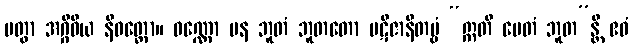
ပတွာ အဂ္ဂိဝိယ နိဝတ္တော။ ဝဏ္ဏော ပန ဘူတံ ဘူတတော ပဋိဇာနိတဗ္ဗံ “ဣတိ ပေတံ ဘူတ”န္တိ ဧဝံ